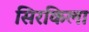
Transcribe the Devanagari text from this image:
सिरकिला